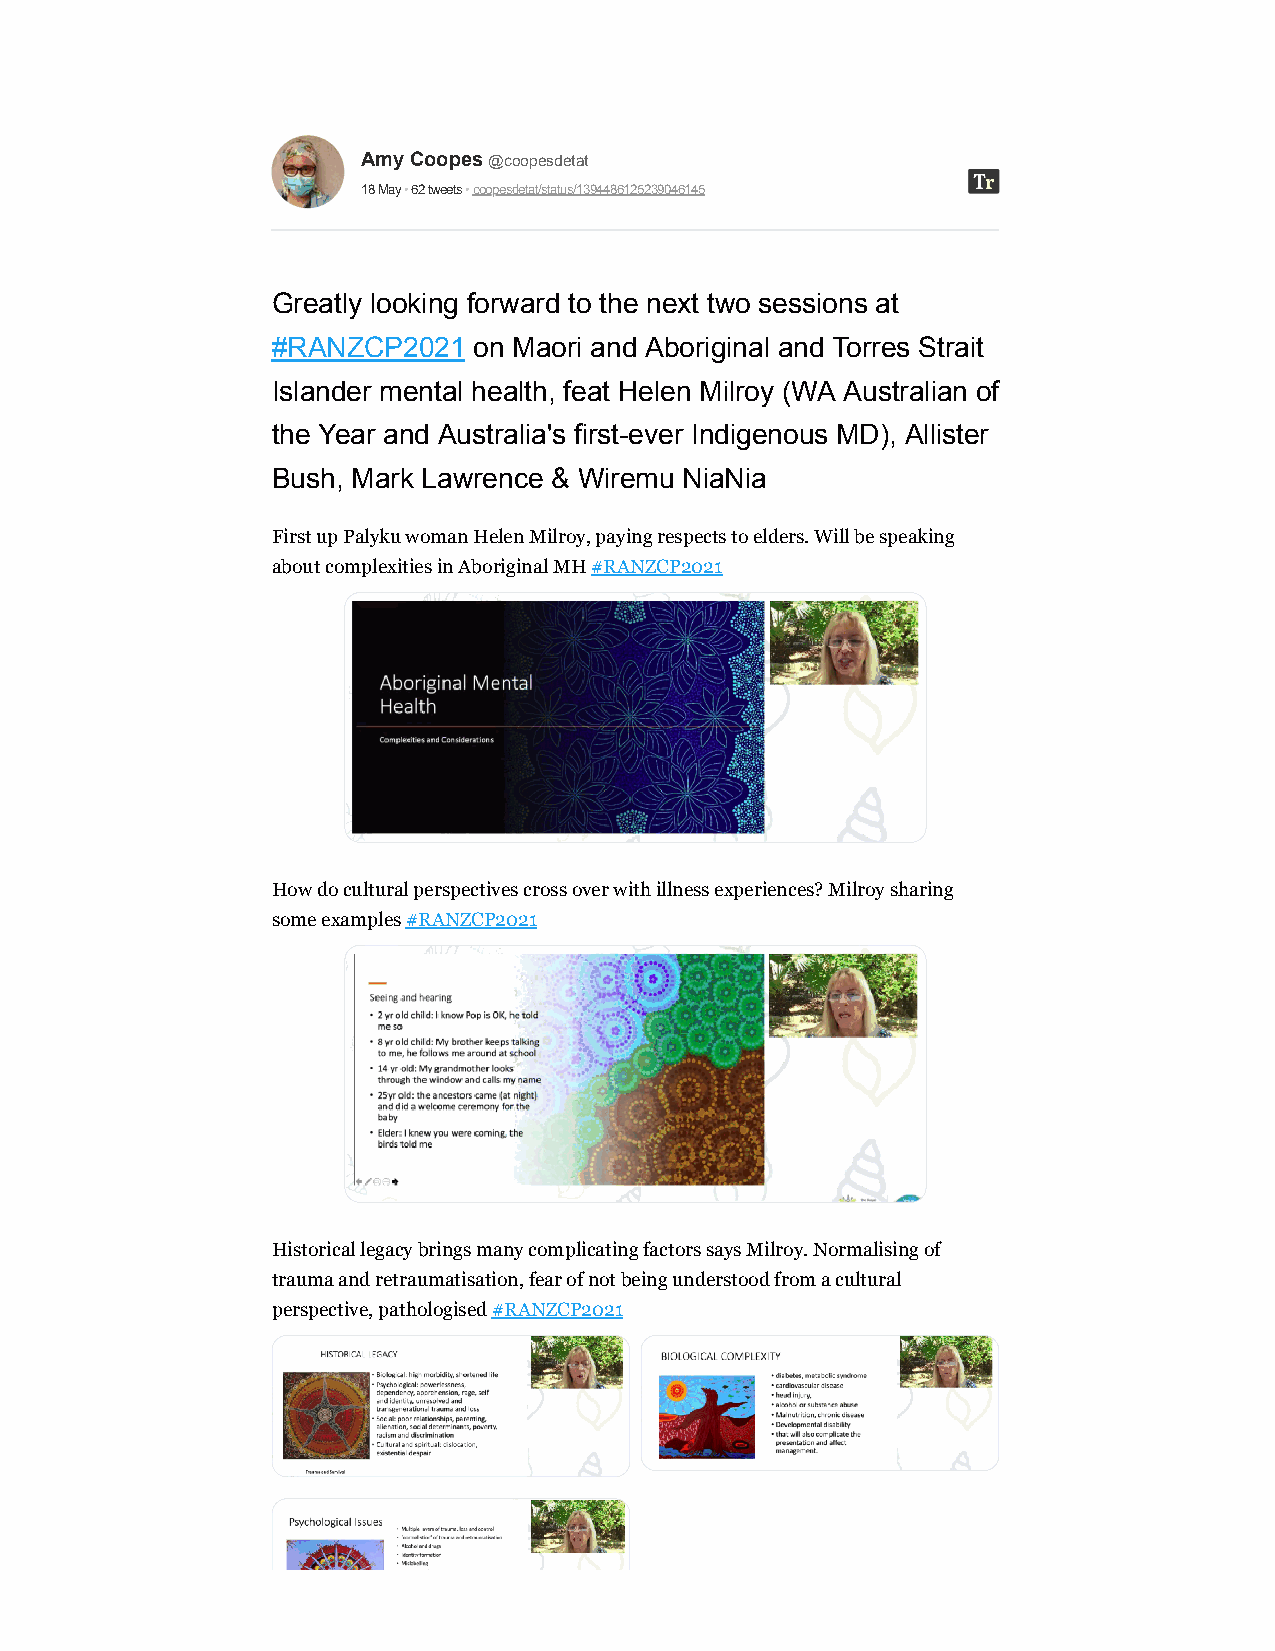
Amy Coopes @coopesdetat
 18 May • 62 tweets • coopesdetat/status/1394486125239046145
 Greatly looking forward to the next two sessions at
 #RANZCP2021  on Maori and Aboriginal and Torres Strait
 Islander mental health, feat Helen Milroy (WA Australian of
 the Year and Australia's first-ever Indigenous MD), Allister
 Bush, Mark Lawrence & Wiremu NiaNia
 First up Palyku woman Helen Milroy, paying respects to elders. Will be speaking
 about complexities in Aboriginal MH #RANZCP2021
 How do cultural perspectives cross over with illness experiences? Milroy sharing
 some examples #RANZCP2021
 Historical legacy brings many complicating factors says Milroy. Normalising of
 trauma and retraumatisation, fear of not being understood from a cultural
 perspective, pathologised #RANZCP2021